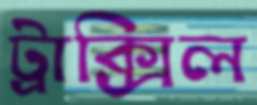
ট্রাক্সিল